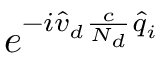
e ^ { - i \hat { v } _ { d } \frac { c } { N _ { d } } \hat { q } _ { i } }